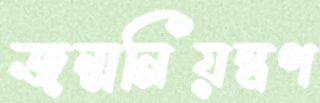
জন্মনিয়ন্ত্রণ